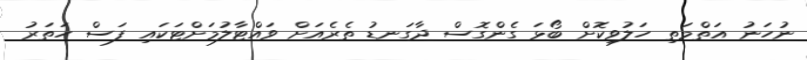
ނުހަނު އަތްމަތި ހަލުވިކޮށް ބޯޅަ ގެންގޮސް ދާގަނޑު ތެރެއަށް ވައްޓާލުމަށްޓަކައި ފަސް ހަތަރު